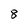
Character: 8